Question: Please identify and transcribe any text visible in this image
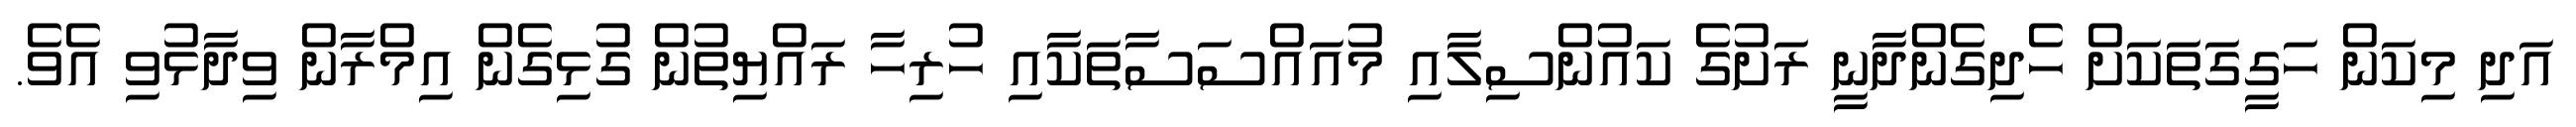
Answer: އަދި މިކަން ހަގީގަތަކަށް ހެދިގެންދާނީ ރަށުގެ ކައުންސިލާއި މުއައްސަސާތަކާއި ހުރިހާ ރައްޔިތުން ގުޅިގެން އިމްރާން ވިދާޅުވި އެވެ.